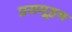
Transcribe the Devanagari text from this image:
प्रसमूहन